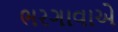
ભરગાવાએ